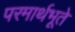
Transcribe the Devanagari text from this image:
परमार्थभूते